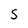
Character: S